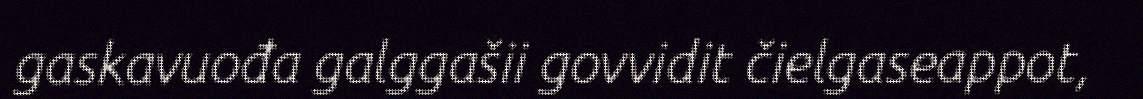
gaskavuođa galggašii govvidit čielgaseappot,